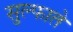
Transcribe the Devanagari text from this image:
सुल्फाते